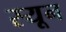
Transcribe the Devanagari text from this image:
स्यून